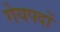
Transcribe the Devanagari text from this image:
गेयपदों